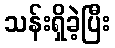
သန်းရှိခဲ့ပြီး